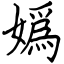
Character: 嬀